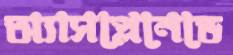
অ্যাসপ্লেনেডে